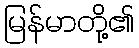
မြန်မာတို့၏